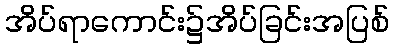
အိပ်ရာကောင်း၌အိပ်ခြင်းအပြစ်